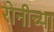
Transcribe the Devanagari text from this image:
रोनीच्या